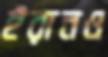
ইরানও